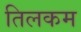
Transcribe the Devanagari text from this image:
तिलकम